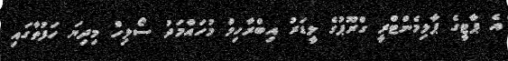
އެ ޕާޓީގެ ޕާލިމެންޓްރީ ގްރޫޕުގެ ލީޑަރު އިބްރާހިމް މުހައްމަދު ސޯލިހް މިދިޔަ ހަފުތާގައި